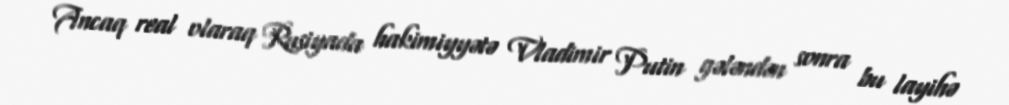
Ancaq real olaraq Rusiyada hakimiyyətə Vladimir Putin gələndən sonra bu layihə